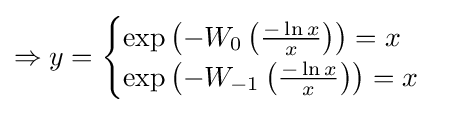
\Rightarrow y={\begin{cases}\exp \left(-W_{0}\left({\frac {-\ln x}{x}}\right)\right)=x\\\exp \left(-W_{-1}\left({\frac {-\ln x}{x}}\right)\right)=x\end{cases}}